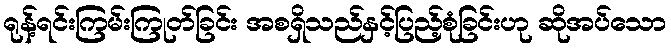
ရုန့်ရင်းကြမ်းကြုတ်ခြင်း အစရှိသည်နှင့်ပြည့်စုံခြင်းဟု ဆိုအပ်သော